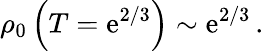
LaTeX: \rho_{0}\left(T=\mathrm{e}^{2/3}\right)\sim\mathrm{e}^{2/3}\, .